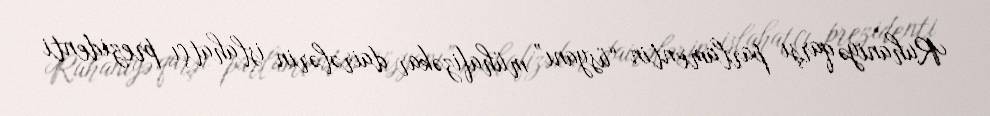
Ruhaniyə qarşı parlamentin “üsyanı” mühafizəkar dairələrin islahatçı prezidenti